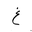
Letter: _gayn